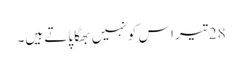
28 تیر اس کو نہیں بھگا پاتے ہیں۔